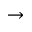
\rightarrow